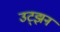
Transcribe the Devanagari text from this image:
उट्झन